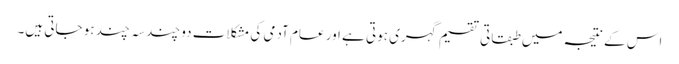
اس کے نتیجہ میں طبقاتی تقسیم گہری ہوتی ہے اور عام آدمی کی مشکلات دو چند سہ چند ہو جاتی ہیں۔